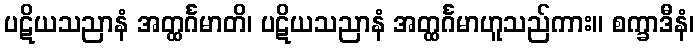
ပဋိယသညာနံ အတ္ထင်္ဂမာတိ၊ ပဋိယသညာနံ အတ္ထင်္ဂမာဟူသည်ကား။ စက္ခာဒီနံ၊